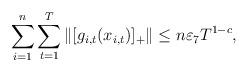
LaTeX: \begin{align*}\sum_{i=1}^n\sum_{t=1}^T\|[g_{i,t}(x_{i,t})]_+\|\le n\varepsilon_{7}T^{1-c},\end{align*}